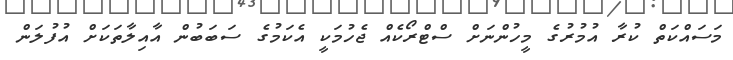
މަސައްކަތް ކުރާ އުމުރުގެ މީހުންނަށް ސްޓްރޯކެއް ޖެހުމަކީ އެކަމުގެ ސަބަބުން އާއިލާތަކަށް އުފުލަން